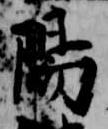
陽